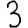
Digit: 3